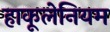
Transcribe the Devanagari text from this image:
हाकूलेनियम